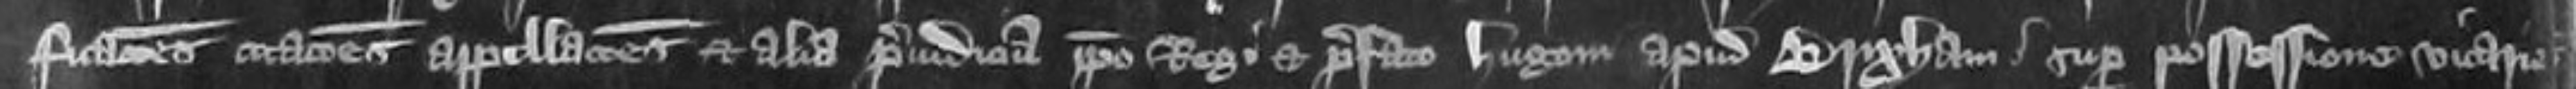
ficationes citationes appellaciones et alia preiudicia ipso Rege et prefato Hugoni apud Brixham super possession vicarie